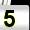
Digit: 5